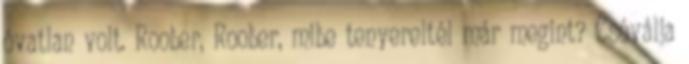
óvatlan volt. Roober, Roober, mibe tenyereltél már megint? Csóválja